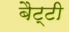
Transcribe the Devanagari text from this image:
बैट्टी